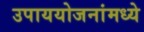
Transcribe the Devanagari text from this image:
उपाययोजनांमध्ये